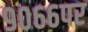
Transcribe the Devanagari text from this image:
९०६६पर